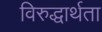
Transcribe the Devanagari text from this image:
विरुद्धार्थता